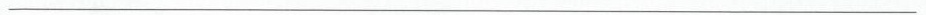
___